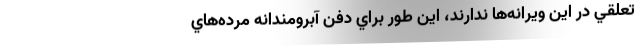
تعلقي در اين ويرانه‌ها ندارند، اين‌ طور براي دفن آبرومندانه مرده‌هاي